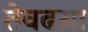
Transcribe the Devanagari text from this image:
तेवढय़ा